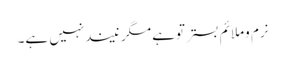
نرم وملائم بستر توہے مگر نیندنہیں ہے۔